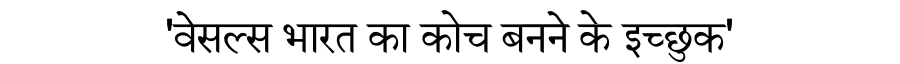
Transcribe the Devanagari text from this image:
'वेसल्स भारत का कोच बनने के इच्छुक'